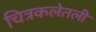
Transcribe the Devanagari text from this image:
चित्रकलेतली